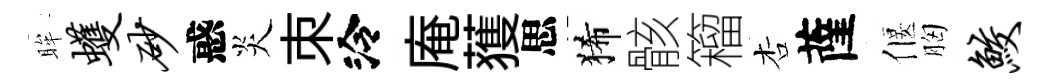
眸蠖砂惑炎朿泠庵𫉬思狶骸籕杏薩偃胸鲛